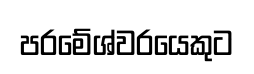
පරමේශ්වරයෙකුට